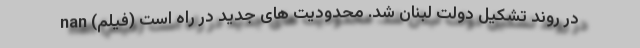
در روند تشکیل دولت لبنان شد. محدودیت های جدید در راه است (فیلم) nan